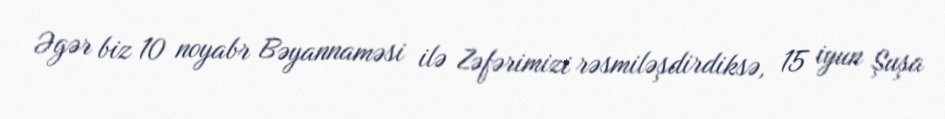
Əgər biz 10 noyabr Bəyannaməsi ilə Zəfərimizi rəsmiləşdirdiksə, 15 iyun Şuşa